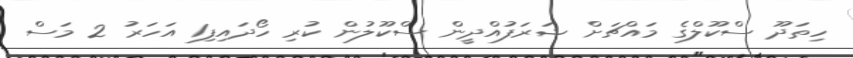
ހިތަދޫ ސްކޫލްގެ މައްޗަށް ޝަރަފުއްދީން ސްކޫލުން ކުރި ހޯދައިފި1 އަހަރު 2 މަސް